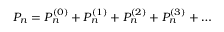
P _ { n } = P _ { n } ^ { ( 0 ) } + P _ { n } ^ { ( 1 ) } + P _ { n } ^ { ( 2 ) } + P _ { n } ^ { ( 3 ) } + \dots